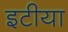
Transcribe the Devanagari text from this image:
इटीया